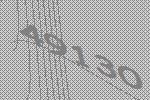
49130